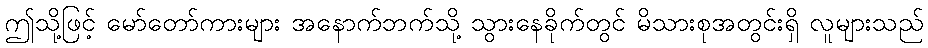
ဤသို့ဖြင့် မော်တော်ကားများ အနောက်ဘက်သို့ သွားနေခိုက်တွင် မိသားစုအတွင်းရှိ လူများသည်